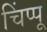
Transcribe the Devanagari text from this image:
चिंप्पू